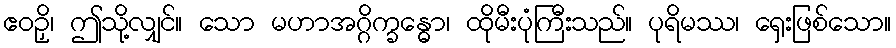
ဧဝဉှိ၊ ဤသို့လျှင်။ သော မဟာအဂ္ဂိက္ခန္ဓော၊ ထိုမီးပုံကြီးသည်။ ပုရိမဿ၊ ရှေးဖြစ်သော။